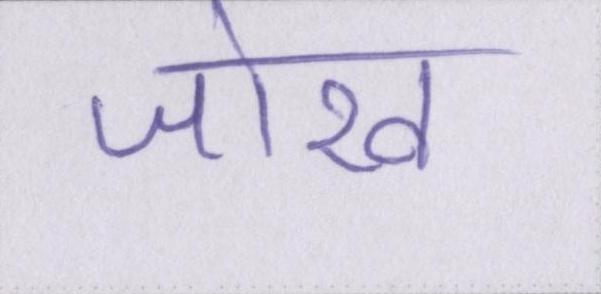
जोख